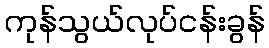
ကုန်သွယ်လုပ်ငန်းခွန်